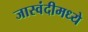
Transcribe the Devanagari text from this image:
जास्वंदीमध्ये